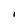
Character: I